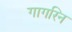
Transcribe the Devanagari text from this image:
गागरिन